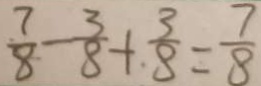
\frac { 7 } { 8 } - \frac { 3 } { 8 } + \frac { 3 } { 8 } = \frac { 7 } { 8 }